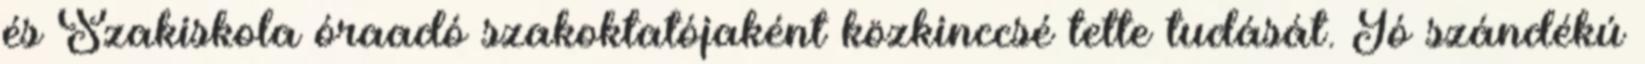
és Szakiskola óraadó szakoktatójaként közkinccsé tette tudását. Jó szándékú